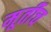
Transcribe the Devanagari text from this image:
मूर्तीच